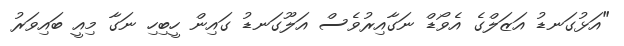
"އަޅުގަނޑު އަޒަލްގެ އެވޯޑް ނަގާއިރުވެސް އަލޫގަނޑު ގައިން ހީބިހި ނަގާ މިއީ ބައިވަރު